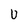
Character: U